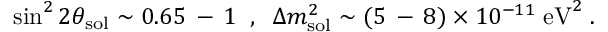
\sin ^ { 2 } 2 \theta _ { \mathrm { s o l } } \sim 0 . 6 5 \, - \, 1 \; \; , \; \; \Delta m _ { \mathrm { s o l } } ^ { 2 } \sim ( 5 \, - \, 8 ) \times 1 0 ^ { - 1 1 } \; \mathrm { e V } ^ { 2 } \; .